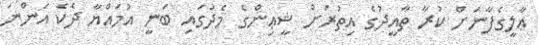
ޢާލީގެފާނަށް ކުރާ ތާއީދުގެ އިތުރަށް ޝީޢިންގެ މެދުގައި ބަނީ އުމައްޔާ ދެކެ އަންނަ